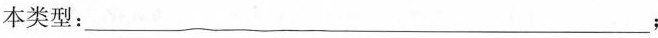
本类型：___;